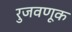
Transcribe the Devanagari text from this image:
रुजवणूक